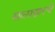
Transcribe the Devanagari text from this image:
सालाझारची